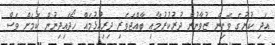
އަދި ކުށުގެ ވެށިން ޒުވާނުން ދުރުކުރުމާއި ބާއްޖަވެރި ދިރިއުޅުމެއް ހޯދައިދިނުން ކަމަށް ވެސް